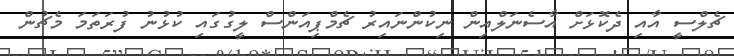
ޗެލްސީ އާއި ދެކޮޅަށް އާސެނަލްއިން ނިކުންނައިރު ޗެމްޕިއަންސް ލީގުގައި ކުޅުނު ފުރަތަމަ މެޗުން